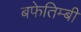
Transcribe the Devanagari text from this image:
बफेतिम्बी